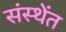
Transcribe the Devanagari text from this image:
संस्थेंत